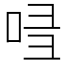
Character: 𠱲